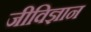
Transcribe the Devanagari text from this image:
जीविज्ञान